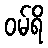
ဝမ်ရိ